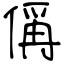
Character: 偁